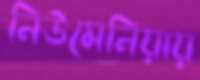
নিউমেনিয়ায়